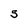
Character: S